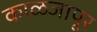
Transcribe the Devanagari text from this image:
काळजापूर